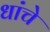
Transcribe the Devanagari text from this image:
धांचे